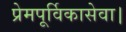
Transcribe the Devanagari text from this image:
प्रेमपूर्विकासेवा।